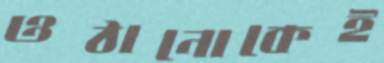
ওঠানোকেই